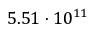
5 . 5 1 \cdot 1 0 ^ { 1 1 }